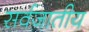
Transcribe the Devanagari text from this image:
सर्वजातीय